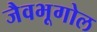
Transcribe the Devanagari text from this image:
जैवभूगोल